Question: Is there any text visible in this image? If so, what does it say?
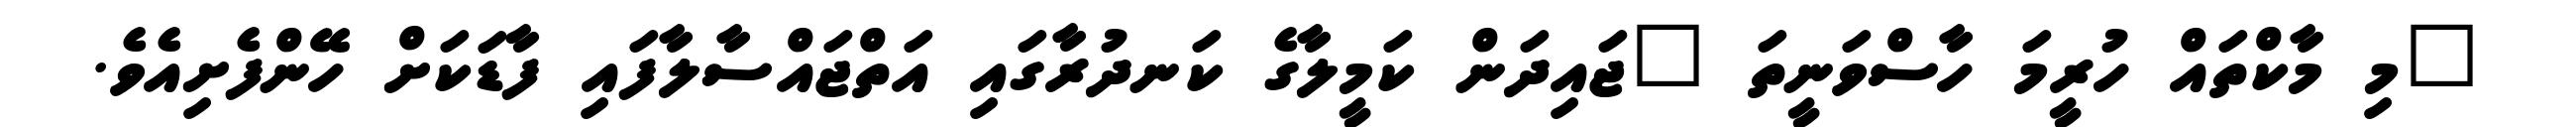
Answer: "މި މާކްތައް ހުރީމަ ހާސްވަނީތަ "ޖައިދަން ކަމީލާގެ ކަނދުރާގައި އަތްޖައްސާލާފައި ފާޑަކަށް ހޭންފެށިއެވެ.